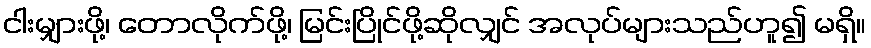
ငါးမျှားဖို့၊ တောလိုက်ဖို့၊ မြင်းပြိုင်ဖို့ဆိုလျှင် အလုပ်များသည်ဟူ၍ မရှိ။